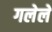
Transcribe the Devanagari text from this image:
गलेले